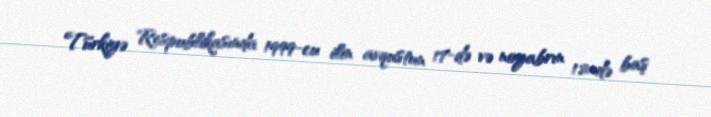
Türkiyə Respublikasında 1999-cu ilin avqustun 17-də və noyabrın 12-də baş